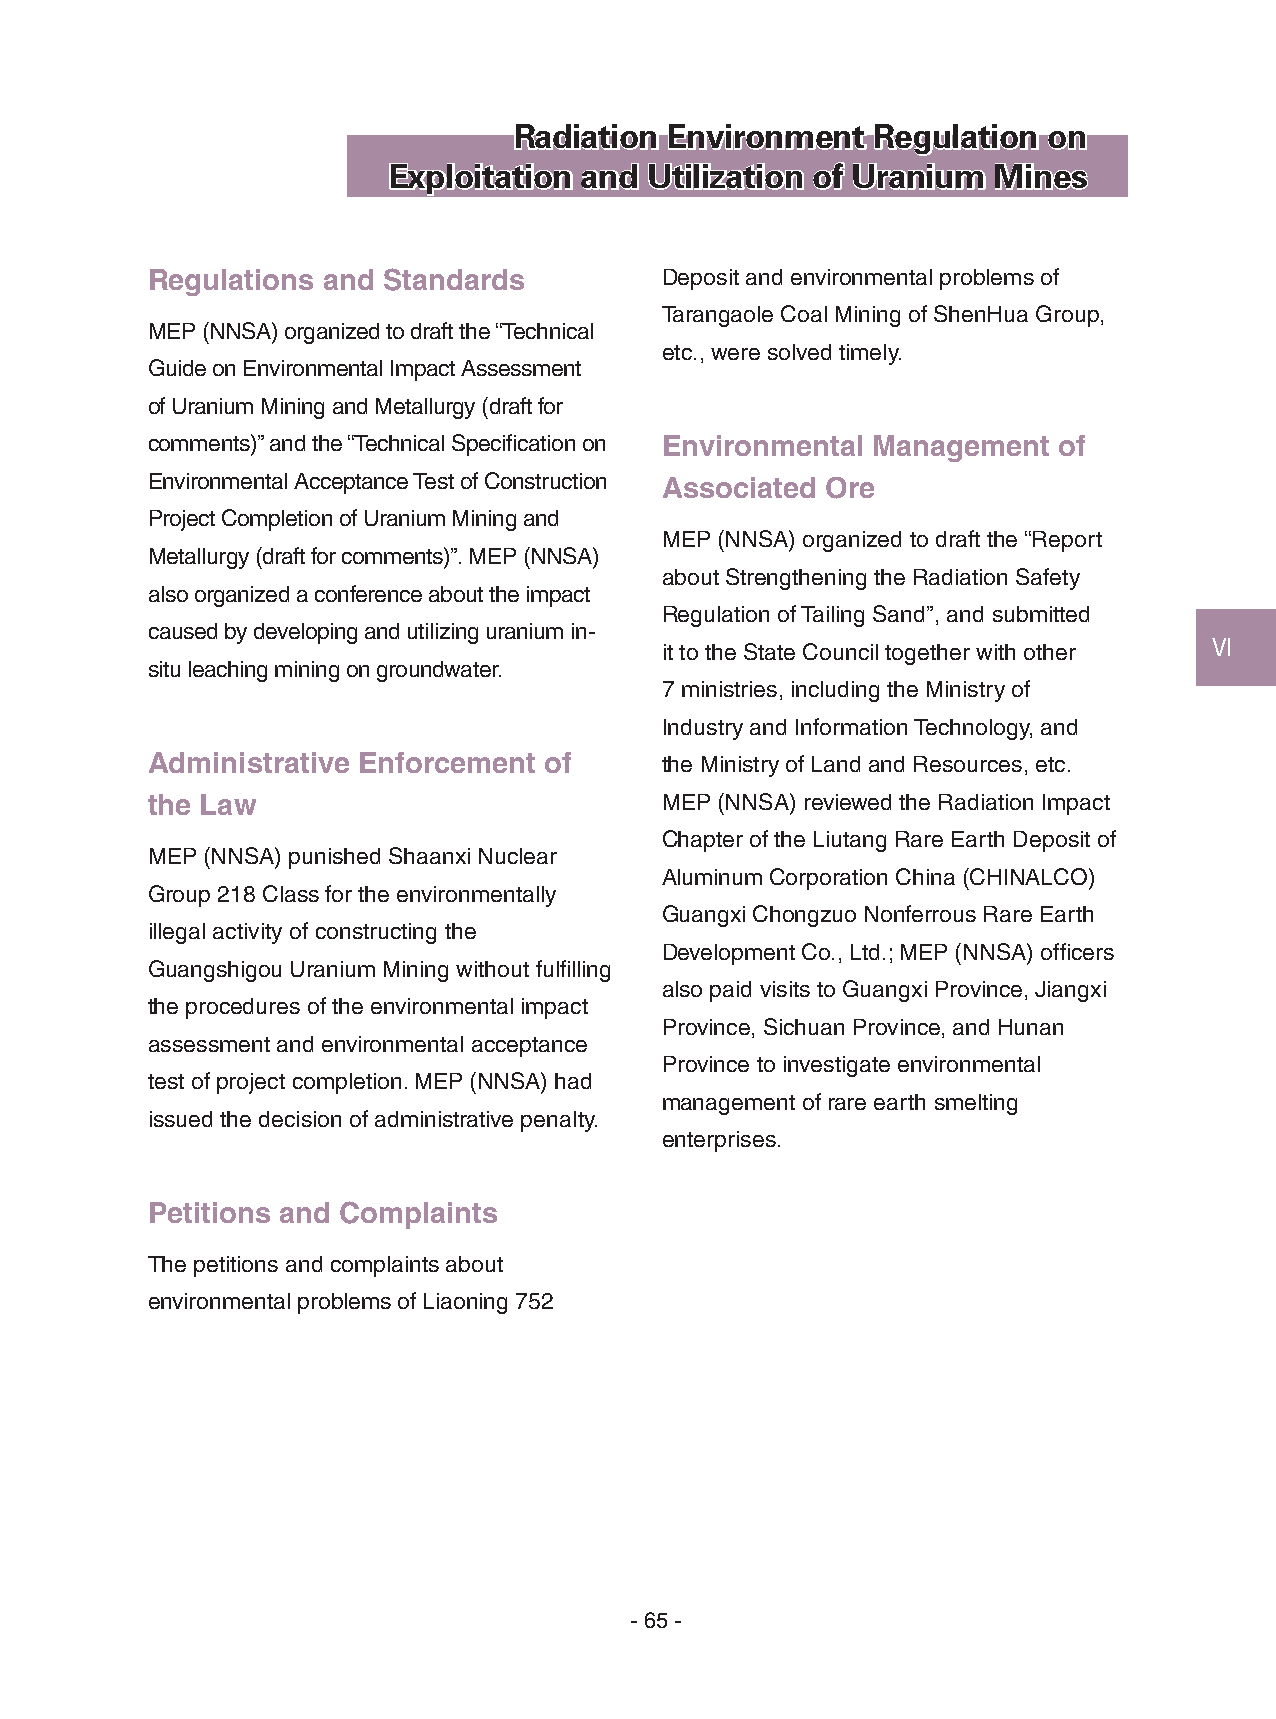
Radiation Environment   Regulation on
 Exploitation and Utilization of Uranium Mines
 Regulations and Standards         Deposit and environmental problems of
 Tarangaole Coal Mining of ShenHua Group,
 MEP (NNSA) organized to draft the “Technical
 etc., were solved timely.
 Guide on Environmental Impact Assessment
 of Uranium Mining and Metallurgy (draft for
 comments)” and the “Technical Specification on Environmental Management of
 Environmental Acceptance Test of Construction Associated Ore
 Project Completion of Uranium Mining and
 MEP (NNSA) organized to draft the “Report
 Metallurgy (draft for comments)”. MEP (NNSA)
 about Strengthening the Radiation Safety
 also organized a conference about the impact
 Regulation of Tailing Sand”, and submitted
 caused by developing and utilizing uranium in-
 it to the State Council together with other Ⅵ
 situ leaching mining on groundwater.
 7 ministries, including the Ministry of
 Industry and Information Technology, and
 Administrative Enforcement of     the Ministry of Land and Resources, etc.
 the Law                           MEP (NNSA) reviewed the Radiation Impact
 Chapter of the Liutang Rare Earth Deposit of
 MEP (NNSA) punished Shaanxi Nuclear
 Aluminum Corporation China (CHINALCO)
 Group 218 Class for the environmentally
 Guangxi Chongzuo Nonferrous Rare Earth
 illegal activity of constructing the
 Development Co., Ltd.; MEP (NNSA) officers
 Guangshigou Uranium Mining without fulfilling
 also paid visits to Guangxi Province, Jiangxi
 the procedures of the environmental impact
 Province, Sichuan Province, and Hunan
 assessment and environmental acceptance
 Province to investigate environmental
 test of project completion. MEP (NNSA) had
 management of rare earth smelting
 issued the decision of administrative penalty.
 enterprises.
 Petitions and Complaints
 The petitions and complaints about
 environmental problems of Liaoning 752
 - 65 -